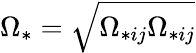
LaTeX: \Omega_{\ast}=\sqrt{\Omega_{\ast ij}\Omega_{\ast ij}}